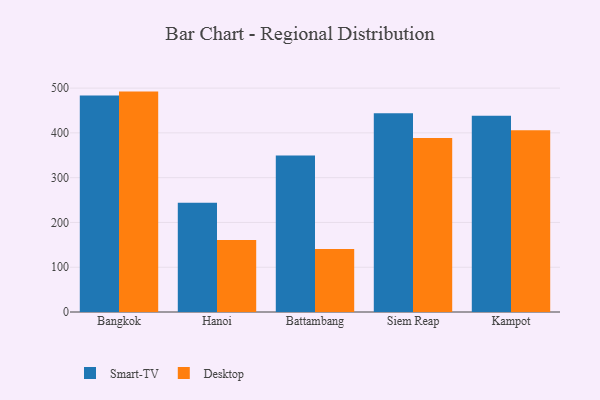
{"axis": {"x": "City", "y": "Energy Usage (MWh)"}, "legend": ["Desktop", "Smart-TV"], "data": [{"x": "Bangkok", "y": 483.7, "type": "Smart-TV"}, {"x": "Bangkok", "y": 492.2, "type": "Desktop"}, {"x": "Hanoi", "y": 244.1, "type": "Smart-TV"}, {"x": "Hanoi", "y": 161.0, "type": "Desktop"}, {"x": "Battambang", "y": 349.4, "type": "Smart-TV"}, {"x": "Battambang", "y": 140.8, "type": "Desktop"}, {"x": "Siem Reap", "y": 444.1, "type": "Smart-TV"}, {"x": "Siem Reap", "y": 388.4, "type": "Desktop"}, {"x": "Kampot", "y": 438.0, "type": "Smart-TV"}, {"x": "Kampot", "y": 406.0, "type": "Desktop"}]}